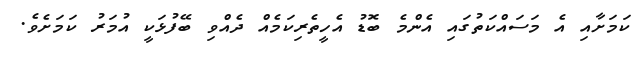
ކަމަށާއި އެ މަސައްކަތުގައި އެންމެ ބޮޑު އެހީތެރިކަމެއް ދެއްވި ބޭފުޅަކީ އުމަރު ކަމަށެވެ.